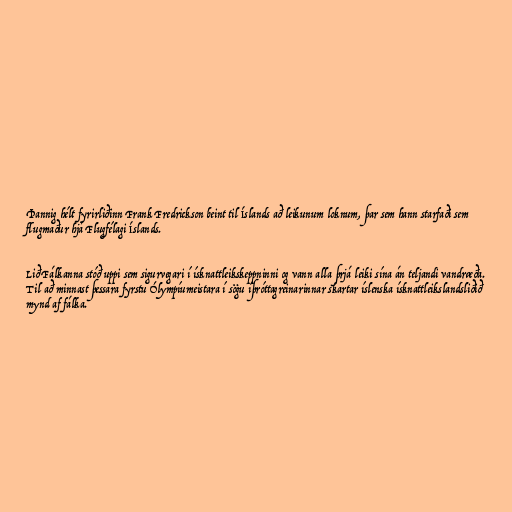
Þannig hélt fyrirliðinn Frank Fredrickson beint til Íslands að leikunum loknum, þar sem hann starfaði sem
flugmaður hjá Flugfélagi Íslands.

Lið Fálkanna stóð uppi sem sigurvegari í ísknattleikskeppninni og vann alla þrjá leiki sína án teljandi vandræða.
Til að minnast þessara fyrstu Ólympíumeistara í sögu íþróttagreinarinnar skartar íslenska ísknattleikslandsliðið
mynd af fálka.